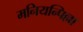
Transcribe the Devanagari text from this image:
मनियन्पिल्ला